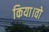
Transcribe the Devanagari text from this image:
किया।वो